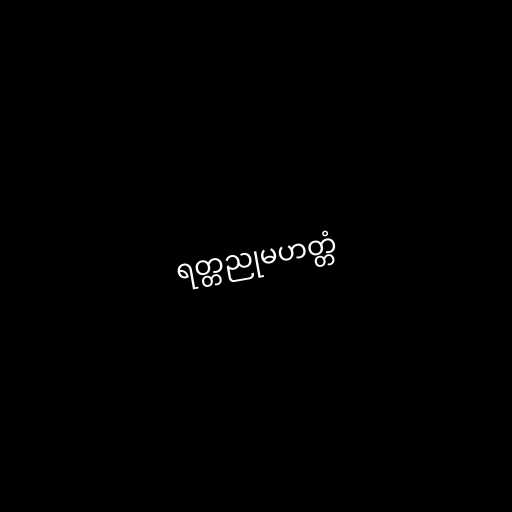
ရတ္တညုမဟတ္တံ